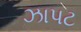
ઝાપટ